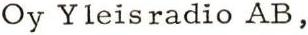
Oy Yleisradio AB,